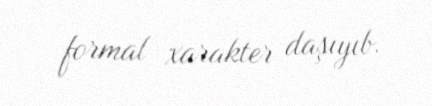
formal xarakter daşıyıb.